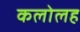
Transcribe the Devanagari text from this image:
कलोलह